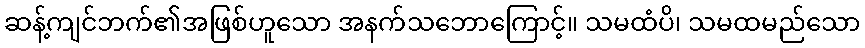
ဆန့်ကျင်ဘက်၏အဖြစ်ဟူသော အနက်သဘောကြောင့်။ သမထံပိ၊ သမထမည်သော